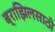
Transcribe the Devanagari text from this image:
ब्राझिलसाठी